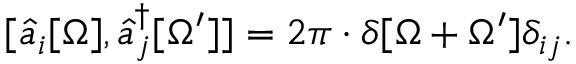
[ \hat { a } _ { i } [ \Omega ] , \hat { a } _ { j } ^ { \dagger } [ \Omega ^ { \prime } ] ] = 2 \pi \cdot \delta [ \Omega + \Omega ^ { \prime } ] \delta _ { i j } .